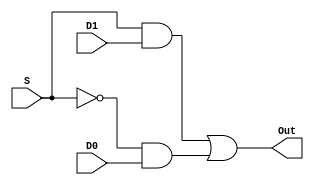
module TwoOne(D1, D0, S, Out);

	input wire D1, D0, S;
	output wire Out;
	assign Out = ( S & D1) | (~S & D0);
	
endmodule